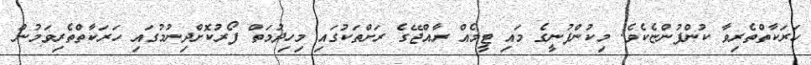
ހަރަކާތްތެރިވާ ކުންފުންޏެކެވެ. މިކުންފުނީގެ މައި ޓީމެއް ރާއްޖޭގެ ރަށްތަކުގައި މިހިދުމަތް ފޯރުކޮށްދިނުމުގައި ހަރަކާތްތެރިވަމުން